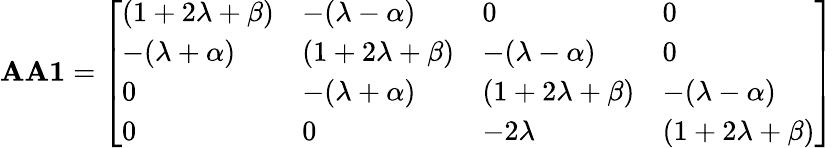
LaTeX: \mathbf{AA1}={\left[\begin{array}{llll}{(1+2\lambda+\beta)}&{-(\lambda-\alpha)}&{0}&{0}\\ {-(\lambda+\alpha)}&{(1+2\lambda+\beta)}&{-(\lambda-\alpha)}&{0}\\ {0}&{-(\lambda+\alpha)}&{(1+2\lambda+\beta)}&{-(\lambda-\alpha)}\\ {0}&{0}&{-2\lambda}&{(1+2\lambda+\beta)}\end{array}\right]}